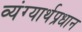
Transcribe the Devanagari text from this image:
व्यंग्यार्थप्रधान